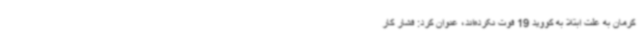
کرمان به علت ابتلا به کووید 19 فوت نکرده‌اند، عنوان کرد: فشار کار